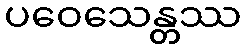
ပဝေသေန္တဿ